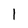
Character: 1